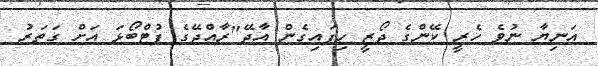
އަނިޔާ ނުވެ ހެރީ ކޭންގެ ޖޯޒީ ހިފައިގެން އާދޭ"ރާއްޖޭގެ ފުޓްބޯޅަ އަށް ގަތަރު